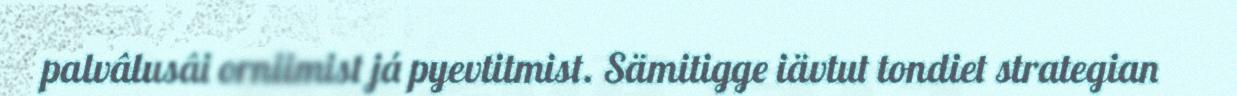
palvâlusâi orniimist já pyevtitmist. Sämitigge iävtut tondiet strategian